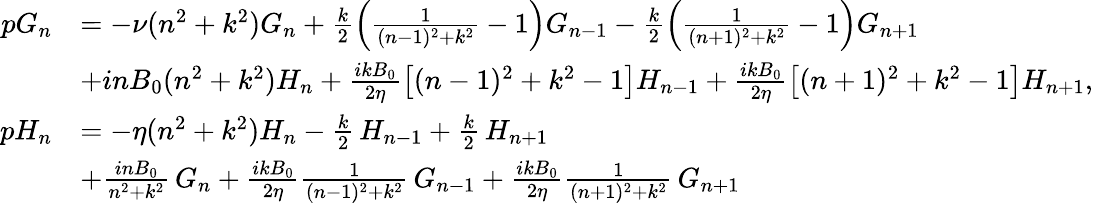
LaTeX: \begin{array}{rl}{pG_{n}}&{=-\nu(n^{2}+k^{2})G_{n}+\frac{k}{2}\left(\frac{1}{(n-1)^{2}+k^{2}}-1\right)G_{n-1}-\frac{k}{2}\left(\frac{1}{(n+1)^{2}+k^{2}}-1\right)G_{n+1}}\\ &{+inB_{0}(n^{2}+k^{2})H_{n}+\frac{ikB_{0}}{2\eta}\bigl[(n-1)^{2}+k^{2}-1\bigr]H_{n-1}+\frac{ikB_{0}}{2\eta}\bigl[(n+1)^{2}+k^{2}-1\bigr]H_{n+1},}\\ {pH_{n}}&{=-\eta(n^{2}+k^{2})H_{n}-\frac{k}{2}\, H_{n-1}+\frac{k}{2}\, H_{n+1}}\\ &{+\frac{inB_{0}}{n^{2}+k^{2}}\, G_{n}+\frac{ikB_{0}}{2\eta}\frac{1}{(n-1)^{2}+k^{2}}\, G_{n-1}+\frac{ikB_{0}}{2\eta}\frac{1}{(n+1)^{2}+k^{2}}\, G_{n+1}}\end{array}